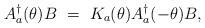
LaTeX: \begin{align*}A_a ^{\dagger}(\theta) B ~=~ K_a (\theta) A_a^{\dagger}(-\theta) B,\end{align*}